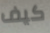
كيف